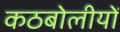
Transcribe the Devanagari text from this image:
कठबोलीयों